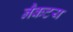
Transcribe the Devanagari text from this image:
नैकटय